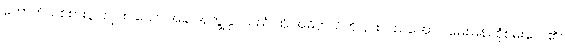
ကောက်သစ်စားပွဲ ကျင်းပသော အခါ အကျွန်ုပ်သည် ထို အဓိပ္ပာယ်ကို နားလည်အောင် မေးမြန်း စုံစမ်းလေ၏။